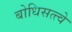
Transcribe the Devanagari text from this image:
बोधिसत्त्वे